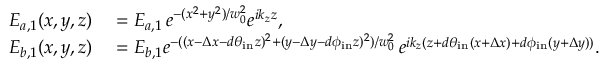
\begin{array} { r l } { E _ { a , 1 } ( x , y , z ) } & { { } = E _ { a , 1 } \, e ^ { - ( x ^ { 2 } + y ^ { 2 } ) / w _ { 0 } ^ { 2 } } e ^ { i k _ { z } z } , } \\ { E _ { b , 1 } ( x , y , z ) } & { { } = E _ { b , 1 } e ^ { - ( ( x - \Delta x - d \theta _ { \mathrm { i n } } z ) ^ { 2 } + ( y - \Delta y - d \phi _ { \mathrm { i n } } z ) ^ { 2 } ) / w _ { 0 } ^ { 2 } } \, e ^ { i k _ { z } ( z + d \theta _ { \mathrm { i n } } ( x + \Delta x ) + d \phi _ { \mathrm { i n } } ( y + \Delta y ) ) } . } \end{array}